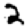
Digit: 2